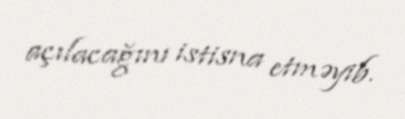
açılacağını istisna etməyib.